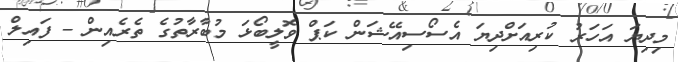
މިދިޔަ އަހަރު ކުރިއަށްދިޔަ އެސޯސިއޭޝަން ކަޕް ވޮލީބޯޅަ މުބާރާތުގެ ތެރެއިން - ފައިލް